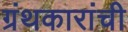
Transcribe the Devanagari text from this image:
ग्रंथकारांची